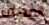
الانحراف